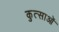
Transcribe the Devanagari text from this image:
कुत्साओं